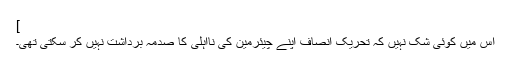
]
اس میں کوئی شک نہیں کہ تحریک انصاف اپنے چیئرمین کی نااہلی کا صدمہ برداشت نہیں کر سکتی تھی۔